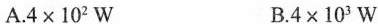
A.$$ 4\times10^{2}W $$ B.$$ 4\times10^{3}W $$